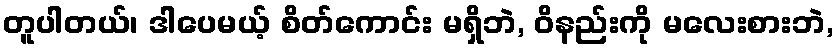
တူပါတယ်၊ ဒါပေမယ့် စိတ်ကောင်း မရှိဘဲ, ဝိနည်းကို မလေးစားဘဲ,